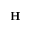
{ \bf H }